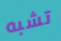
تشبه